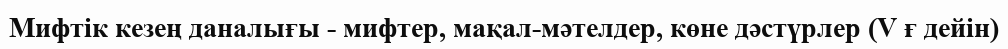
Мифтік кезең даналығы - мифтер, мақал-мәтелдер, көне дәстүрлер (V ғ дейін)